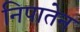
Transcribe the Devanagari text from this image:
निपातेन